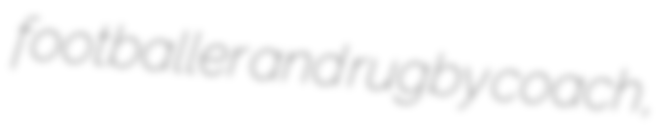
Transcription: footballer and rugby coach,